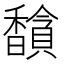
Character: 𬳦